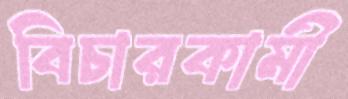
বিচারকামী